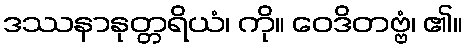
ဒဿနာနုတ္တရိယံ၊ ကို။ ဝေဒိတဗ္ဗံ၊ ၏။